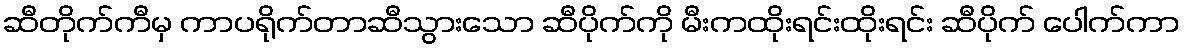
ဆီတိုက်ကီမှ ကာပရိုက်တာဆီသွားသော ဆီပိုက်ကို မီးကထိုးရင်းထိုးရင်း ဆီပိုက် ပေါက်ကာ